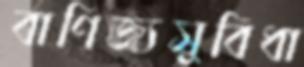
বাণিজ্যসুবিধা